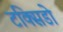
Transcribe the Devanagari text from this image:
टक्सिडो